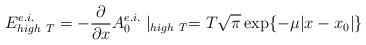
\begin{align*}E^{e.i.}_{high~T} = -\frac{\partial}{\partial x} A_0^{e.i.}\mid_{high~T} =T\sqrt{\pi} \exp\{-\mu|x-x_0|\}\end{align*}